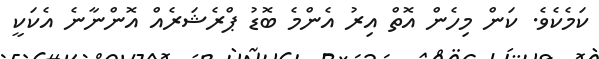
ކަމެކެވެ. ކަން މިހެން އޮތް އިރު އެންމެ ބޮޑު ޕްރެޝަރެއް އޮންނާނެ އެކަކީ